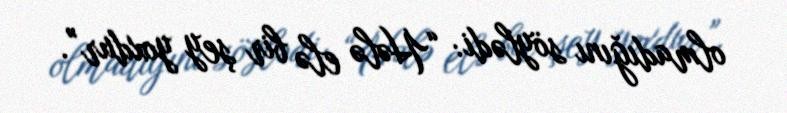
olmadığını söylədi: “Hələ elə bir şey yoxdur”.